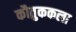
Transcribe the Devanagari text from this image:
कौतुककला